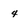
Character: 4